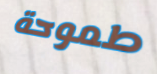
طموحة